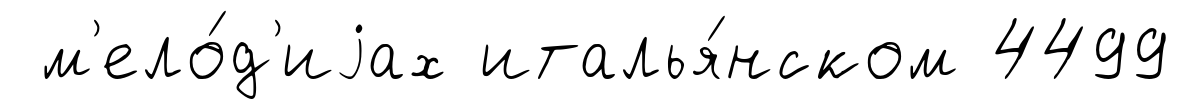
м'ело́д'иjах италья́нском 4499